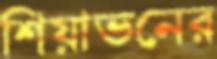
শিয়াভনের